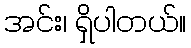
အင်း၊ ရှိပါတယ်။